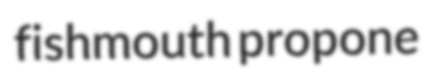
fishmouth propone